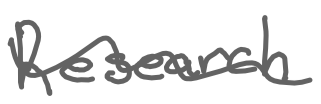
Text: Research
Cross-out: wave
Writing tool: digital_gray